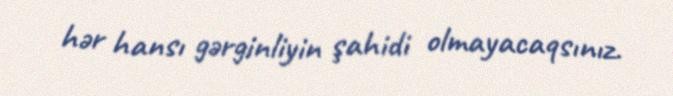
hər hansı gərginliyin şahidi olmayacaqsınız.